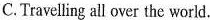
C.Travelling all over the world.